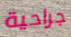
جراحية